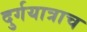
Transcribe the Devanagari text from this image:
दुर्गयात्राच